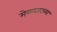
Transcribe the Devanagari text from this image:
मेळघाटच्या